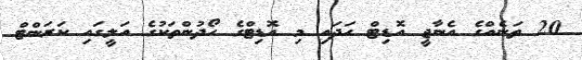
20 ތަނެއްގެ އެނާޖީ އޮޑިޓް ހަދައި މި އޮޑިޓްގެ ހޯދުންތަކުގެ އަލީގައި ކަރަންޓް